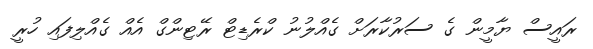
ރައީސް ޔާމީން ގެ ސަރުކާރަށް ގެއްލުނު ކްރެޑިޓް ރޭޓިންގް އެއް ގެއްލިފައި ހުރީ